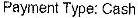
PAYMENT TYPE: CASH